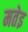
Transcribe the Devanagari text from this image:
मतेइ